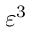
\varepsilon ^ { 3 }